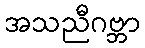
အသညီဂဗ္ဘာ